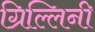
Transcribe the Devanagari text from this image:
ग्रिल्लिनी